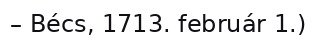
– Bécs, 1713. február 1.)